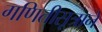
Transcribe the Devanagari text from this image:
गणितीसूत्राने